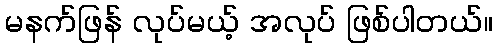
မနက်ဖြန် လုပ်မယ့် အလုပ် ဖြစ်ပါတယ်။